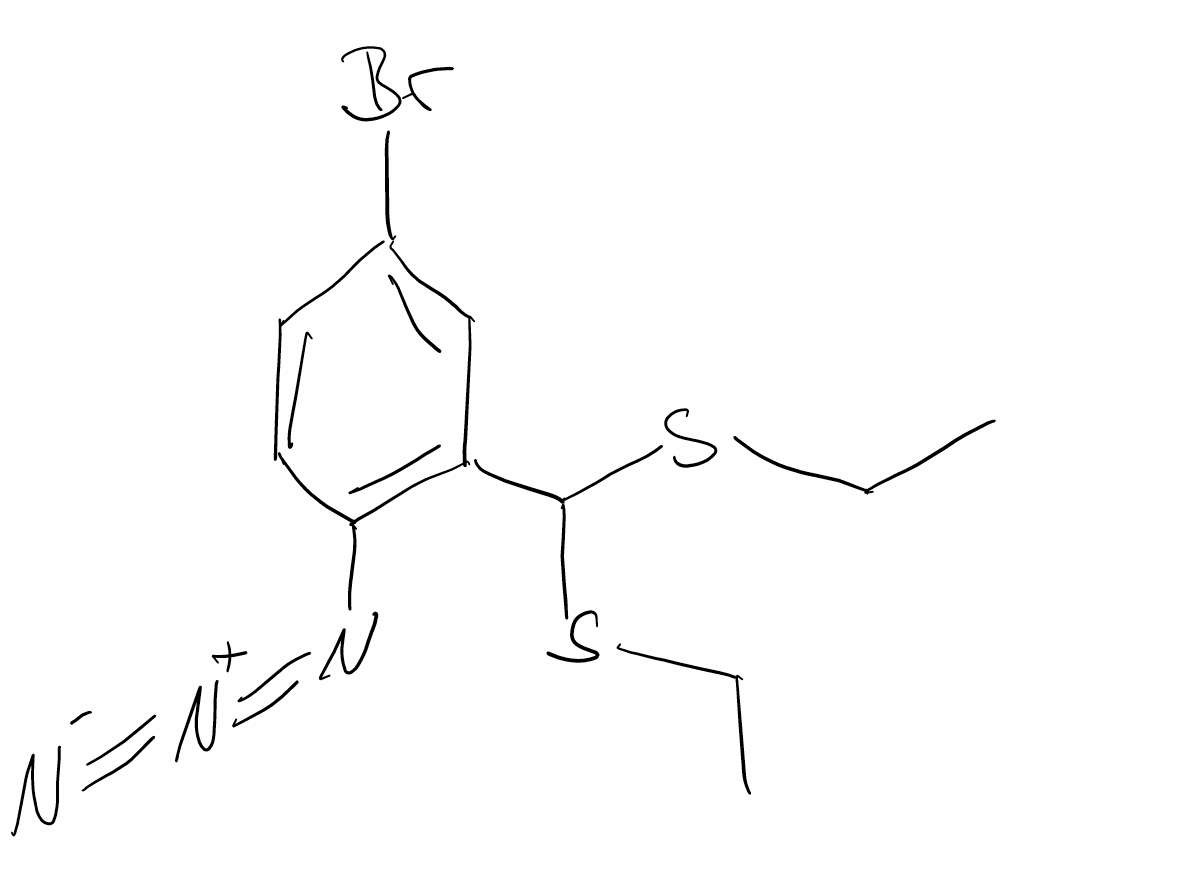
Simplified molecular-input line-entry system (SMILES) notation of the given molecule:
CCSC(C1=C(C=CC(=C1)Br)N=[N+]=[N-])SCC